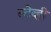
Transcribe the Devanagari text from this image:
स्टेव्ही